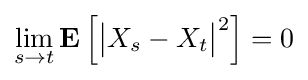
\lim _{s\to t}\mathbf {E} \left[{\big |}X_{s}-X_{t}{\big |}^{2}\right]=0